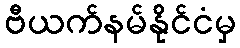
ဗီယက်နမ်နိုင်ငံမှ